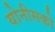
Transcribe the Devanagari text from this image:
योनीसको